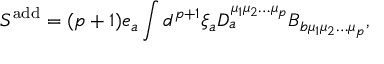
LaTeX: S ^ { \mathrm { a d d } } = ( p + 1 ) e _ { a } \int d ^ { p + 1 } \xi _ { a } D _ { a } ^ { \mu _ { 1 } \mu _ { 2 } \ldots \mu _ { p } } B _ { b \mu _ { 1 } \mu _ { 2 } \ldots \mu _ { p } } ,